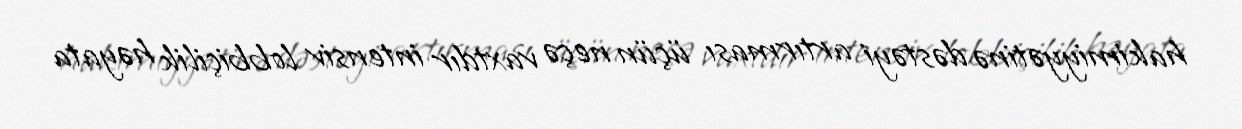
hakimiyyətinə dəstəyi artırması üçün neçə vaxtdır intensiv lobbiçilik həyata